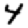
Digit: 4